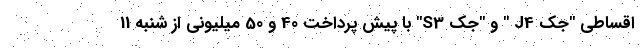
اقساطی "جک J4 " و "جک S3" با پیش پرداخت 40 و 50 میلیونی از شنبه 11